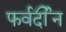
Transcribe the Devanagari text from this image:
फर्वर्दीन